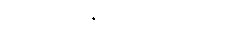
တောင်တရုတ်ပင်လယ်သို့